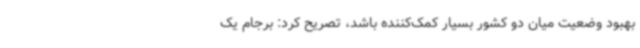
بهبود وضعیت میان دو کشور بسیار کمک‌کننده باشد، تصریح کرد: برجام یک